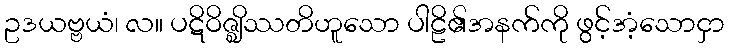
ဥဒယဗ္ဗယံ၊ လ။ ပဋိဝိဇ္ဈိဿတိဟူသော ပါဠိ၏အနက်ကို ဖွင့်အံ့သောငှာ